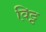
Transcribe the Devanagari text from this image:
विट्ट